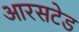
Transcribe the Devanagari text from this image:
आरसटेड